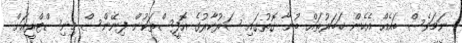
ނަމަވެސް ބައެއް އެހެން ޚަބަރުތައް ބުނާ ގޮތުގައި ސަރުކާރުގެ އޮފީސްތަކުން ފިނޭންސް މިނިސްޓްރީއަށް